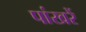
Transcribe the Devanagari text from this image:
पांखरें